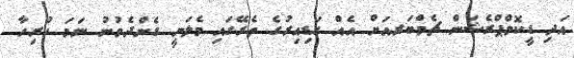
އަދި ޑީކޮމްޕްރެޝަން ޗެމްބަރއަށް އެއް ގަޑިއިރުގެ ތެރޭގައި މެލަނީ ގެންދެވުނު ނަމަ ހުރިހާ